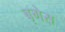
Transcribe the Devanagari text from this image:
बृगेस